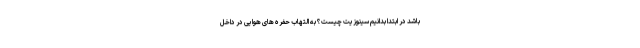
باشد در ابتدا بدانیم سینوزیت چیست؟ به التهاب حفره های هوایی در داخل